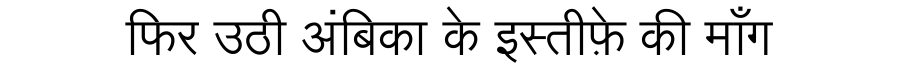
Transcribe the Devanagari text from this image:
फिर उठी अंबिका के इस्तीफ़े की माँग